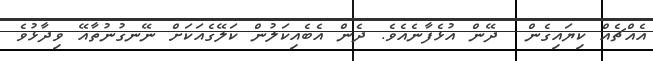
އެއްޗެއް ކިޔައިގެން  ދޭން އުޅެފާނެއެވެ. ދެން އެބެއިކަލުން ކަލޭގެއަކަށް ނޭނގުނުތާއޭ ވިދާޅުވެ